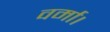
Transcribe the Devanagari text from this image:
वर्मा।